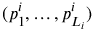
( p _ { 1 } ^ { i } , \dots , p _ { L _ { i } } ^ { i } )